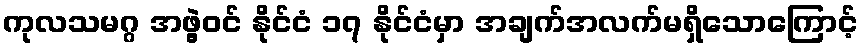
ကုလသမဂ္ဂ အဖွဲ့ဝင် နိုင်ငံ ၁၇ နိုင်ငံမှာ အချက်အလက်မရှိသောကြောင့်